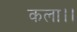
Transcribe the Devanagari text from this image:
कला।।